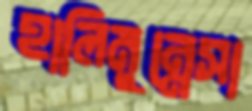
হালিমুন্নেসা